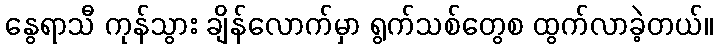
နွေရာသီ ကုန်သွား ချိန်လောက်မှာ ရွက်သစ်တွေစ ထွက်လာခဲ့တယ်။